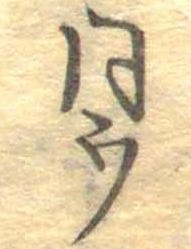
同ウ